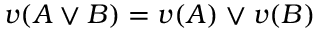
v ( A \lor B ) = v ( A ) \lor v ( B )